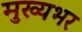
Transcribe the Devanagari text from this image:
मुख्यभर